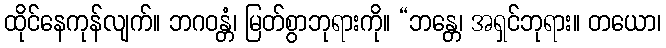
ထိုင်နေကုန်လျက်။ ဘဂဝန္တံ၊ မြတ်စွာဘုရားကို။ “ဘန္တေ၊ အရှင်ဘုရား။ တယော၊